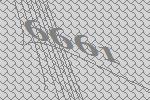
6661